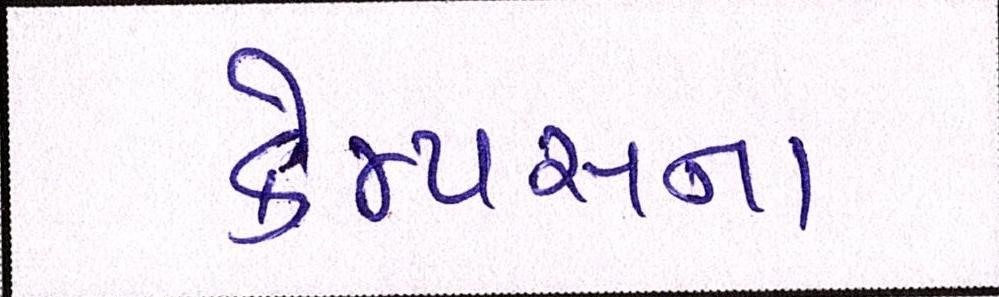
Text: કેમ્પસના